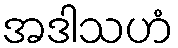
အဒါသဟံ